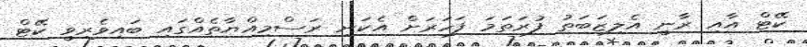
ކޭޓް އާއި ރާނީ އެލިޒަބަތު ފުރަތަމަ ފަހަރަށް އެކަނި ރަސްމިއްޔާތެއްގައި ބައިވެރިވީ ކޭޓް